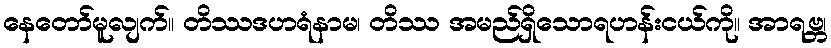
နေတော်မူလျက်။ တိဿဒဟရံနာမ၊ တိဿ အမည်ရှိသောရဟန်းငယ်ကို။ အာရဗ္ဘ၊